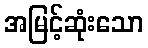
အမြင့်ဆုံးသော